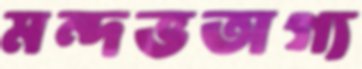
মন্দভঅগ্য